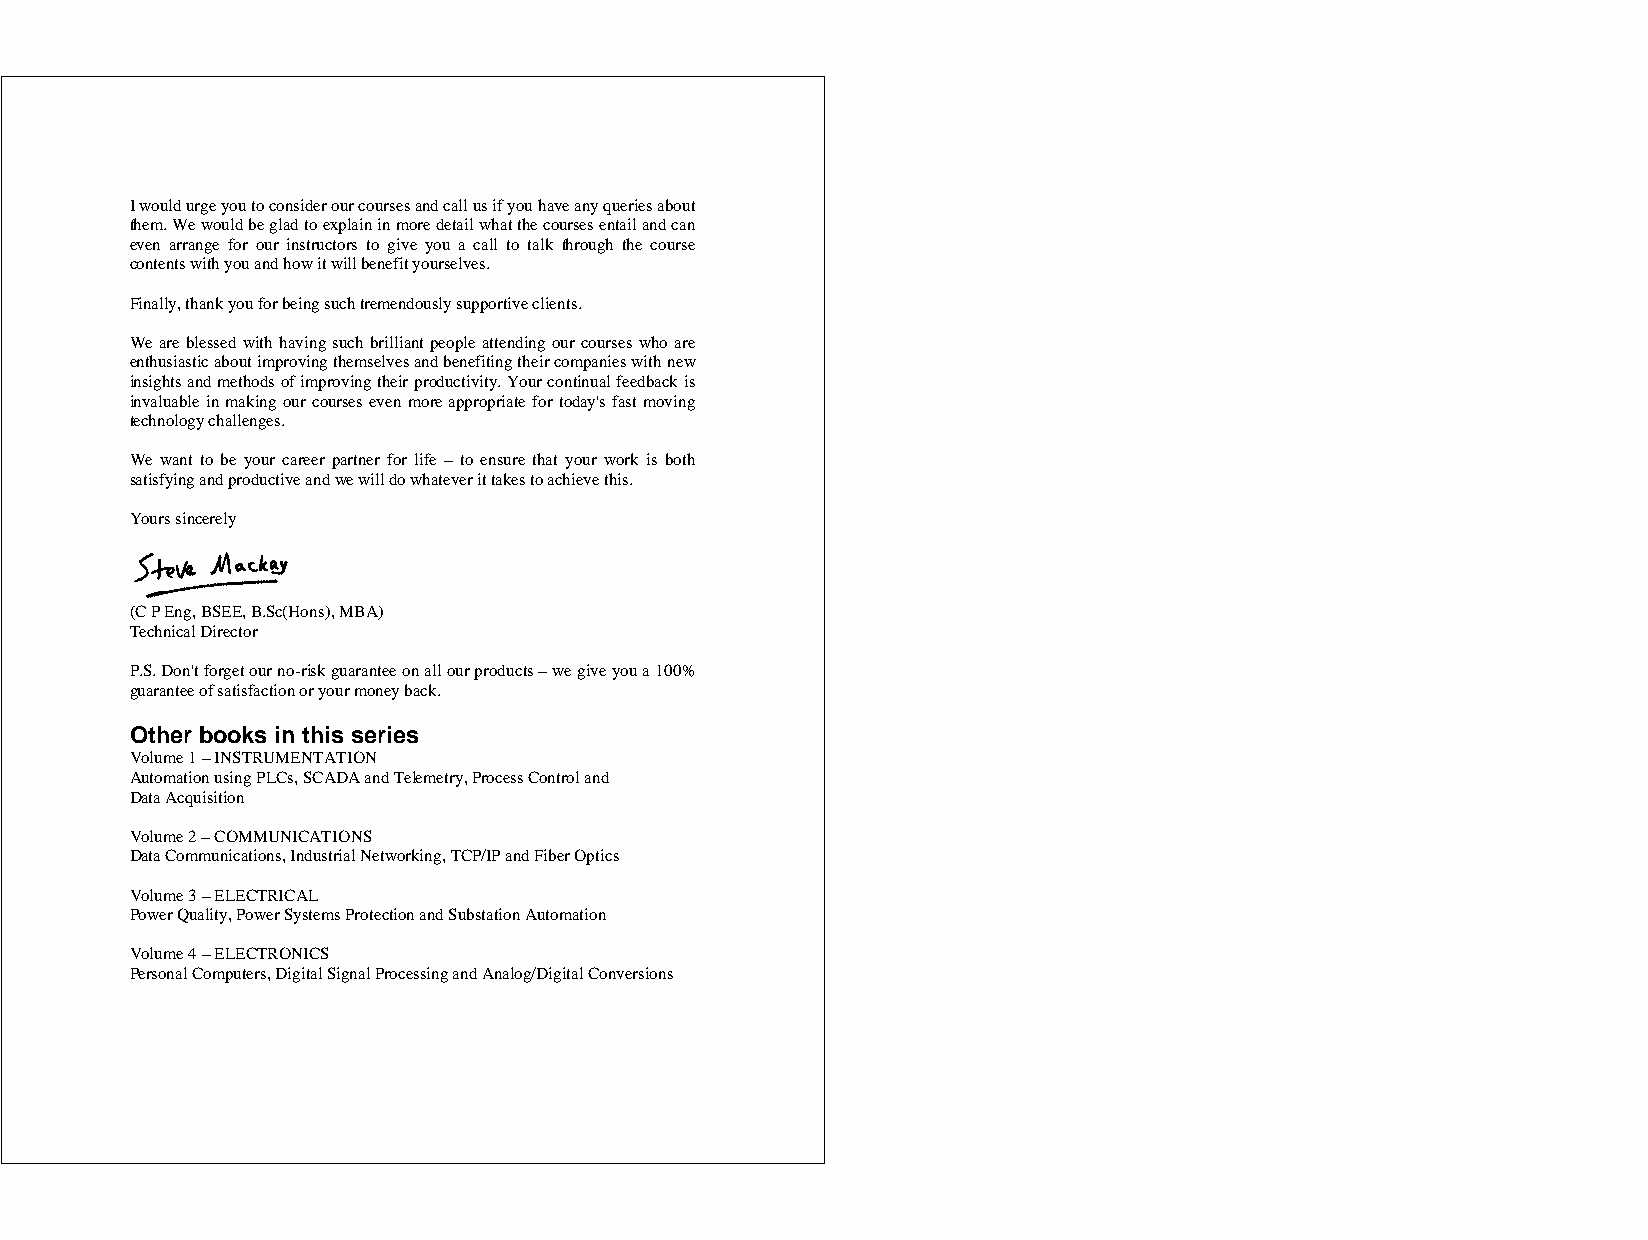
I would urge you to consider our courses and call us if you have any queries about
 them. We would be glad to explain in more detail what the courses entail and can
 even arrange for our instructors to give you a call to talk through the course
 contents with you and how it will benefit yourselves.
 Finally, thank you for being such tremendously supportive clients.
 We are blessed with having such brilliant people attending our courses who are
 enthusiastic about improving themselves and benefiting their companies with new
 insights and methods of improving their productivity. Your continual feedback is
 invaluable in making our courses even more appropriate for today's fast moving
 technology challenges.
 We want to be your career partner for life – to ensure that your work is both
 satisfying and productive and we will do whatever it takes to achieve this.
 Yours sincerely
 (C P Eng, BSEE, B.Sc(Hons), MBA)
 Technical Director
 P.S. Don't forget our no-risk guarantee on all our products – we give you a 100%
 guarantee of satisfaction or your money back.
 Other books in this series
 Volume 1 – INSTRUMENTATION
 Automation using PLCs, SCADA and Telemetry, Process Control and
 Data Acquisition
 Volume 2 – COMMUNICATIONS
 Data Communications, Industrial Networking, TCP/IP and Fiber Optics
 Volume 3 – ELECTRICAL
 Power Quality, Power Systems Protection and Substation Automation
 Volume 4 – ELECTRONICS
 Personal Computers, Digital Signal Processing and Analog/Digital Conversions